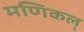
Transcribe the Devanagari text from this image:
मणिकल्